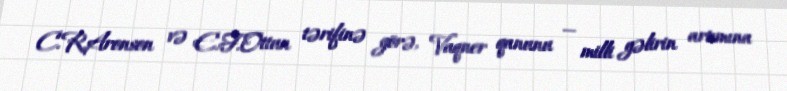
C.R.Aronson və E.F.Ottun tərifinə görə, Vaqner qanunu — milli gəlirin artımına